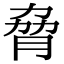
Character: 脅